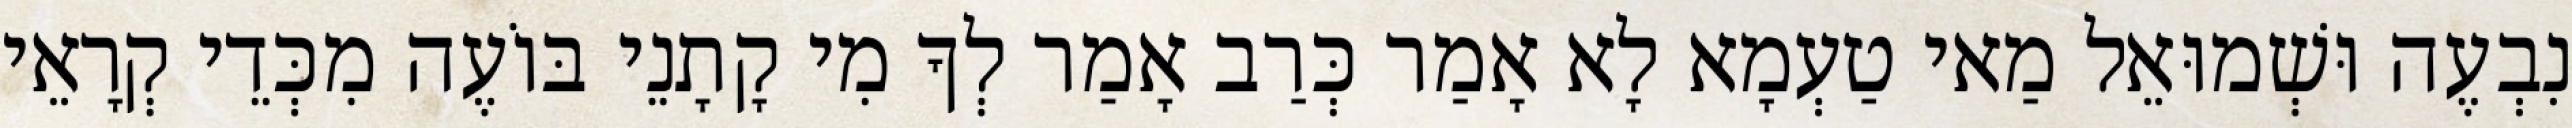
נִבְעֶה וּשְׁמוּאֵל מַאי טַעְמָא לָא אָמַר כְּרַב אָמַר לְךָ מִי קָתָנֵי בּוֹעֶה מִכְּדֵי קְרָאֵי